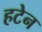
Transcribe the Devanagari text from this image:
हटेन